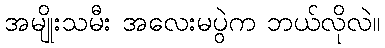
အမျိုးသမီး အလေးမပွဲက ဘယ်လိုလဲ။